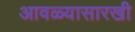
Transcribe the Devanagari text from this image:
आवळ्यासारखी